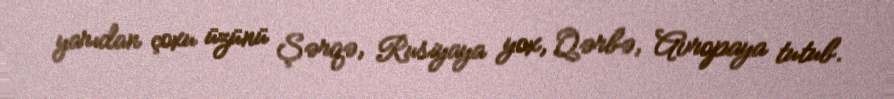
yarıdan çoxu üzünü Şərqə, Rusiyaya yox, Qərbə, Avropaya tutub.